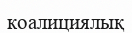
коалициялық